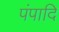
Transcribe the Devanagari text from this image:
पंपादि